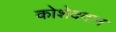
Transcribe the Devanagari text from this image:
कोशेददान